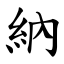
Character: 納